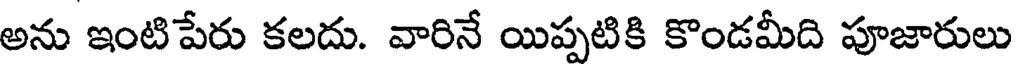
అను ఇంటిపేరు కలదు. వారినే యిప్పటికి కొండమీది పూజారులు